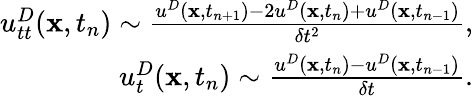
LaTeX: \begin{array}{r}{u_{tt}^{D}(\mathbf x,t_{n})\sim{\frac{u^{D}(\mathbf x,t_{n+1})-2u^{D}(\mathbf x,t_{n})+u^{D}(\mathbf x,t_{n-1})}{\delta t^{2}}},}\\ {u_{t}^{D}(\mathbf x,t_{n})\sim{\frac{u^{D}(\mathbf x,t_{n})-u^{D}(\mathbf x,t_{n-1})}{\delta t}}.}\end{array}